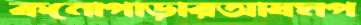
কনোপাড়ারআযমপ